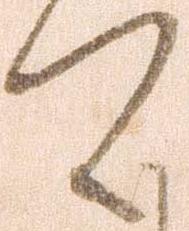
可